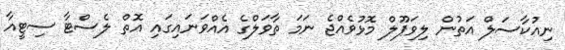
ނިއުކާސަލް އަތުން ލިވަޕޫލް މޮޅުވެއްޖެ ނަމަ ތާވަލްގެ އެއްވަނައިގައި އޮތް ލެސްޓާ ސިޓީއާ